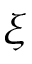
\xi